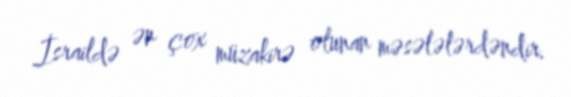
İsraildə ən çox müzakirə olunan məsələlərdəndir.